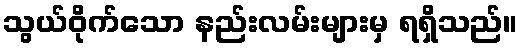
သွယ်ဝိုက်သော နည်းလမ်းများမှ ရရှိသည်။